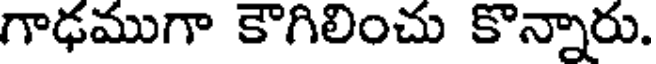
గాఢముగా కౌగిలించు కొన్నారు.